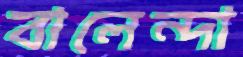
বালেন্দা